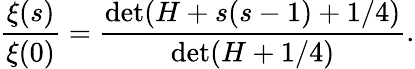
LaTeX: {\frac{\xi(s)}{\xi(0)}}={\frac{\operatorname*{det}(H+s(s-1)+1/4)}{\operatorname*{det}(H+1/4)}}.